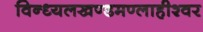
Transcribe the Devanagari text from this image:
विन्ध्यलखण्डमण्लाहीश्वर